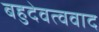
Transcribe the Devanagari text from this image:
बहुदेवत्ववाद